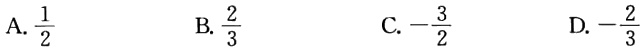
A. $\frac{1}{2}$
B. $\frac{2}{3}$
C. $-\frac{3}{2}$
D. $-\frac{2}{3}$